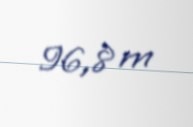
96,8 m